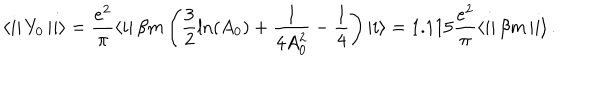
LaTeX: \left\langle i \right| Y _ { 0 } \left| i \right\rangle = \frac { e ^ { 2 } } \pi \left\langle i \right| \beta m \left( \frac 3 2 \ln ( A _ { 0 } ) + \frac 1 { 4 A _ { 0 } ^ { 2 } } - \frac 1 4 \right) \left| i \right\rangle = 1 . 1 1 5 \frac { e ^ { 2 } } \pi \left\langle i \right| \beta m \left| i \right\rangle .